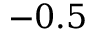
- 0 . 5